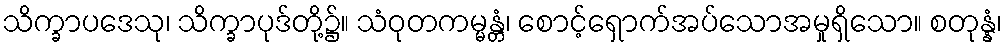
သိက္ခာပဒေသု၊ သိက္ခာပုဒ်တို့၌။ သံဝုတကမ္မန္တံ၊ စောင့်ရှောက်အပ်သောအမှုရှိသော။ စတုန္နံ၊